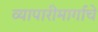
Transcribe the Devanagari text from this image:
व्यापारीमार्गाचे